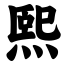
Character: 熙